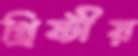
খ্রিষ্টীয়